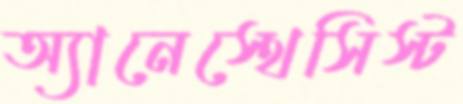
অ্যানেস্থেসিস্ট